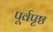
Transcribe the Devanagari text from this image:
पूर्वपृष्ठ